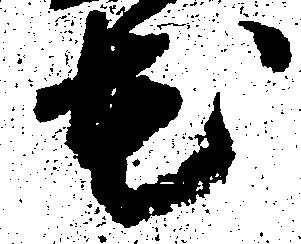
花